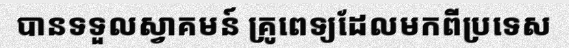
បានទទួលស្វាគមន៍ គ្រូពេទ្យដែលមកពីប្រទេស